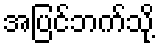
အပြင်ဘက်သို့